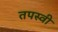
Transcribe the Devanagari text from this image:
तपस्‍वी